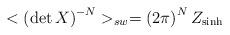
LaTeX: \begin{align*}<\left( \det X\right) ^{-N}>_{sw}=\left( 2\pi \right) ^{N}Z_{\sinh }\end{align*}